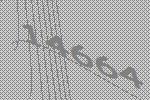
14664